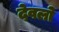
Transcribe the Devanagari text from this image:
देवलो